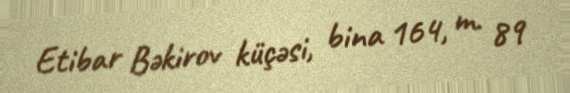
Etibar Bəkirov küçəsi, bina 164, m. 89